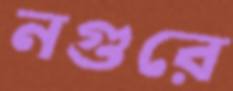
নগুরে